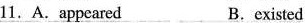
11. A.appeared B.existed